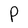
Character: P